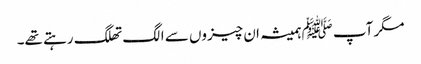
مگر آپ ﷺہمیشہ ان چیزوں سے الگ تھلگ رہتے تھے۔